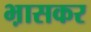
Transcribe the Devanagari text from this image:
भ़ासकर